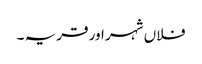
فلاں شہر اور قریہ ۔